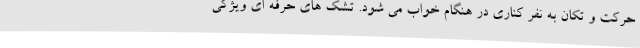
حرکت و تکان به نفر کناری در هنگام خواب می شود. تشک های حرفه ای ویژگی